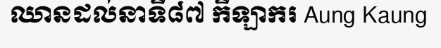
ឈានដល់នាទី៨៧ កីឡាករ Aung Kaung